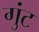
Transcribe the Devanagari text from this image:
गुंट